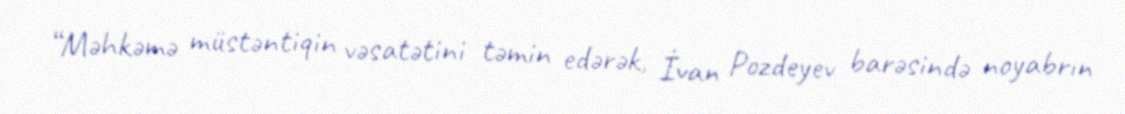
“Məhkəmə müstəntiqin vəsatətini təmin edərək, İvan Pozdeyev barəsində noyabrın